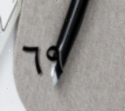
٦٩